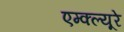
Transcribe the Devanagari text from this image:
एम्क्ल्यूरे